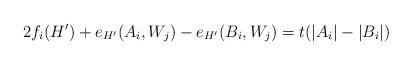
LaTeX: \begin{align*}2f_i(H') + e_{H'}(A_i,W_j) - e_{H'}(B_i,W_j) = t(|A_i|-|B_i|)\end{align*}